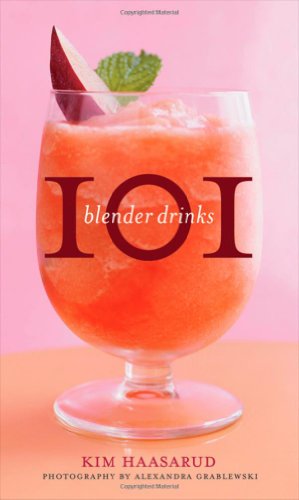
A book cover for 101 Blender Drinks; Kim Haasarud; Cookbooks, Food & Wine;